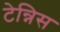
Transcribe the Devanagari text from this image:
टेन्निस